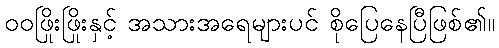
ဝဝဖြိုးဖြိုးနှင့် အသားအရေများပင် စိုပြေနေပြီဖြစ်၏။